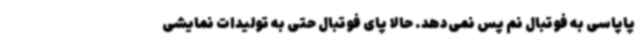
پاپاسی به فوتبال نم پس نمی‌دهد. حالا پای فوتبال حتی به تولیدات نمایشی